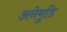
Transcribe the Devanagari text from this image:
अनेमुडि